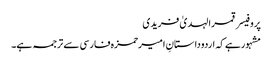
پروفیسر قمرالہدیٰ فریدی
مشہورہے کہ اردوداستانِ امیرحمزہ فارسی سے ترجمہ ہے۔